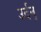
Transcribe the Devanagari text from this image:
उर्दन्